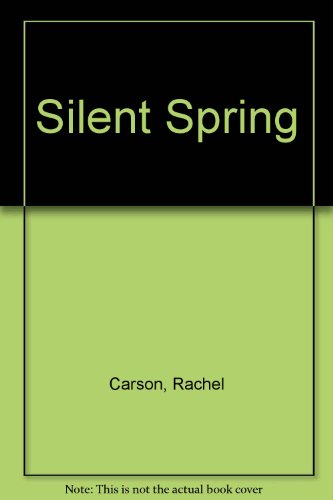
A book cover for Silent Spring; Rachel Carson; Sports & Outdoors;